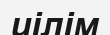
иілім